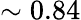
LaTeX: \sim 0.84